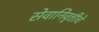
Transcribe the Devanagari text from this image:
सेवानिवृत्तीचे